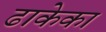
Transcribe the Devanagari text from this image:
ढाकेका